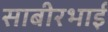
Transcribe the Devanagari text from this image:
साबीरभाई